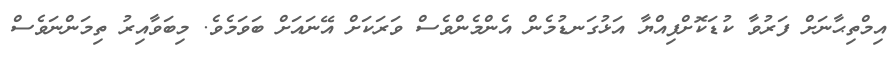
އިމްތިޙާނަށް ފަރުވާ ކުޑަކޮށްފިއްޔާ އަޅުގަނޑުމެން އެންމެންވެސް ވަރަކަށް އޭނައަށް ބަވަމެވެ. މިބަވާއިރު ތިމަންނަވެސް